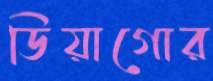
ডিয়াগোর